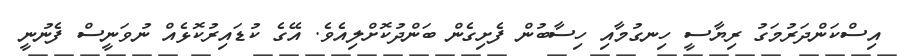
އިސްކަންދަރުމަގު ރިޔާސީ ހިނގުމާއި ހިސާބުން ފެށިގެން ބަންދުކޮށްލިއެވެ. އޭގެ ކުޑައިރުކޮޅެއް ނުވަނީސް ފެނުނީ